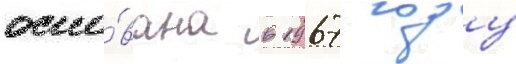
осно́вана в 1967 году